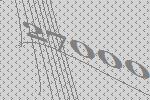
27000